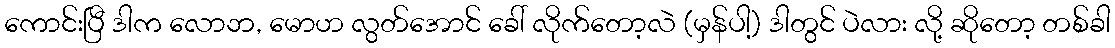
ကောင်းပြီ ဒါက လောဘ, မောဟ လွတ်အောင် ခေါ် လိုက်တော့လဲ (မှန်ပါ့) ဒါတွင် ပဲလား လို့ ဆိုတော့ တစ်ခါ